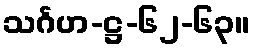
သင်္ဂဟ-ဋ္ဌ-၆၂-၆၃။